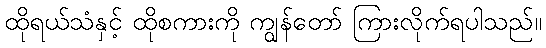
ထိုရယ်သံနှင့် ထိုစကားကို ကျွန်တော် ကြားလိုက်ရပါသည်။